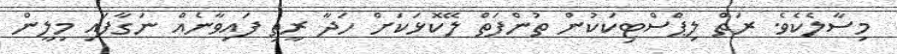
މިސާލެކެވެ. ރަތް ލިޕްސްޓިކަކުން ތުންފަތް ލޭކޮޅަކަށް ހަދާ ރީތި ފައިވާނެއް ނަގާފައި މިލީން